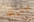
عليك